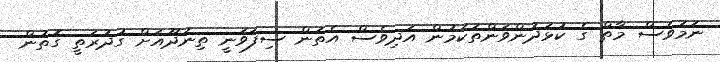
ނަމަވެސް މާތް ގެ ކުޅަދުންވަންތަކަމުން އަދިވެސް އެތަން ސިފަވަނީ ތިނަދޫއަށް ގުދުރަތީ ގޮތުން